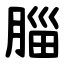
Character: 䐉